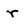
Character: r